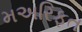
મઅરિફત